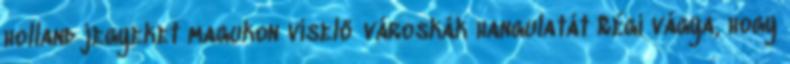
holland jegyeket magukon viselő városkák hangulatát Régi vágya, hogy